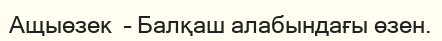
Ащыөзек  – Балқаш алабындағы өзен.